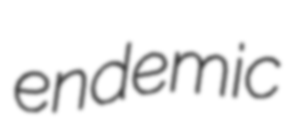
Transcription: endemic